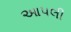
આપલી